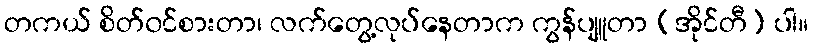
တကယ် စိတ်၀င်စားတာ၊ လက်တွေ့လုပ်နေတာက ကွန်ပျူတာ (အိုင်တီ) ပါ။